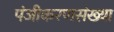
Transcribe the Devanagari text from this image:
पंजीकरणसंख्या